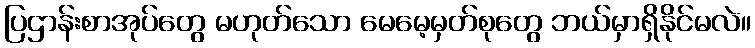
ပြဌာန်းစာအုပ်တွေ မဟုတ်သော မေမေ့မှတ်စုတွေ ဘယ်မှာရှိနိုင်မလဲ။